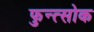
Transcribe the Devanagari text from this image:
फुन्त्सोक